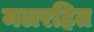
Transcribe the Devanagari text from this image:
मलरहित